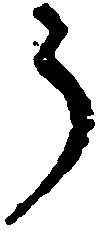
う